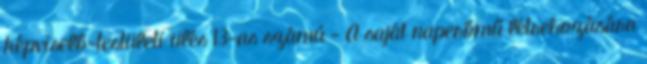
képviselő-testületi ülés 13-as számú - A saját naperőmű létrehozására